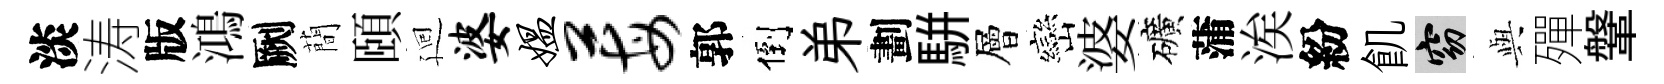
淡涛版鴻劂蕳頤廻婆媪莓郭倒弟劃駢層巒婆礦蒲涘紛飢窈𫤰殫鞶